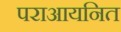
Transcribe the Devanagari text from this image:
पराआयनित